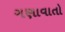
ગણાવાતો